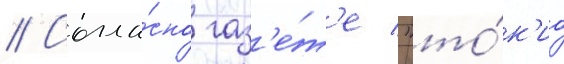
// Согла́сно газ'е́т'е "то́к'ио